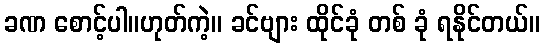
ခဏ စောင့်ပါ။ဟုတ်ကဲ့။ ခင်ဗျား ထိုင်ခုံ တစ် ခုံ ရနိုင်တယ်။